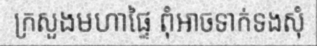
ក្រសួងមហាផ្ទៃ ពុំអាចទាក់ទងសុំ